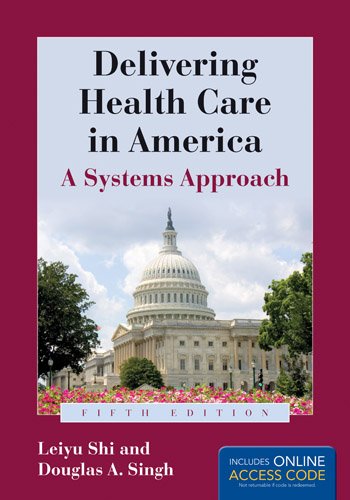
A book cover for Delivering Health Care In America (Delivering Health Care in America: A Systems Approach); Leiyu Shi; Medical Books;